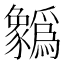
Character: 𲂢